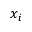
x _ { i }